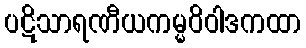
ပဋိသာရဏီယကမ္မဝိဝါဒကထာ